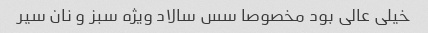
خیلی عالی بود مخصوصا سس سالاد ویژه سبز و نان سیر